Annual administration report of the Civil Veterinary Department, Ajmere-Merwara, British Rajputana - 1914-1940
Year: 1914
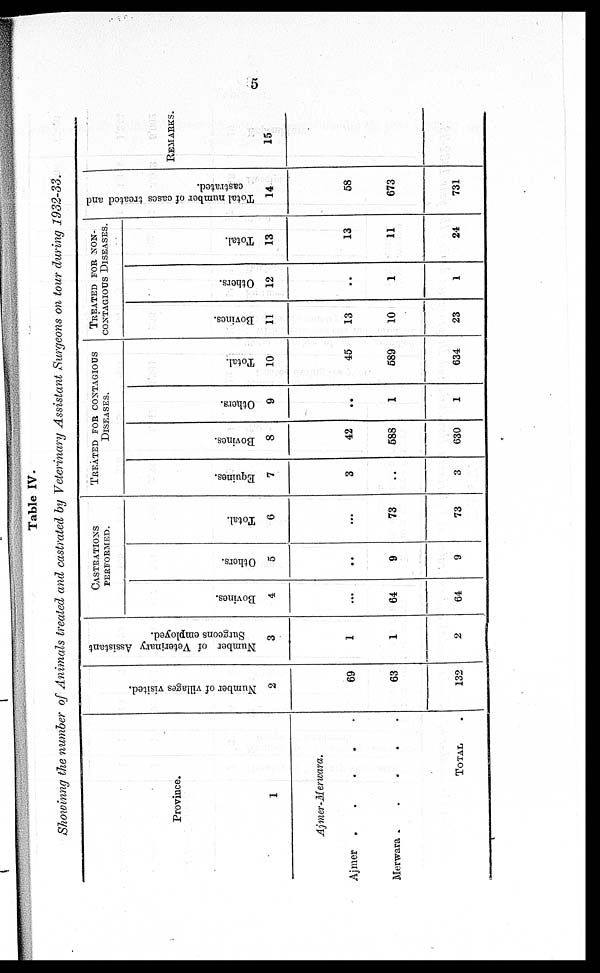
5
Table IV.
Showinng the number of Animals treated and castrated by Veterinary Assistant Surgeons on tour during 1932-33.
Province.
1
Ajmer-Merwara.
Ajmer
. . . . .
Merwara .
.
.
.
.
TOTAL .
Number of villages visited.
2
69
63
132
Number of Veterinary Assistant
Surgeons employed.
3
1
1
2
CASTRATIONS
PERFORMED.
Bovines.
4
...
64
64
Others.
5
..
9
9
Total.
6
...
73
73
TREATED FOR CONTAGIOUS
DISEASES.
Equines.
7
3
..
3
Bovines.
8
42
588
630
Others.
9
..
1
1
Total.
10
45
589
634
TREATED FOR NON-
CONTAGIOUS
DISEASES.
Bovines.
11
13
10
23
Others.
12
..
1
1
Total.
13
13
11
24
Total number of cases treated and
castrated.
14
58
673
731
REMARKS.
15